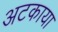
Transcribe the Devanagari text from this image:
अटकाया